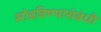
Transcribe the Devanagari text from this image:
सोडविण्यासंबंधी